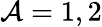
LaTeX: \mathcal{A}=1,2